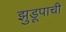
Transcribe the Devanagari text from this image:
झुडूपाची